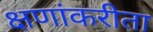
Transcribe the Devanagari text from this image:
क्षणांकरीता